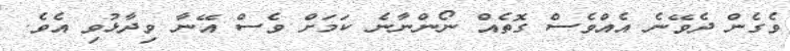
ވެގެން ދެވޭނެ އެއްވެސް ގޮތެއް ނޯންނާނެ ކަމަށް ވެސް އޭނާ ވިދާޅުވި އެވެ.